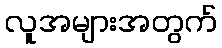
လူအများအတွက်